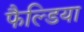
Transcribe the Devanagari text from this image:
फैल्डिया